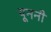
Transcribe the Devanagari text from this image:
यूननी